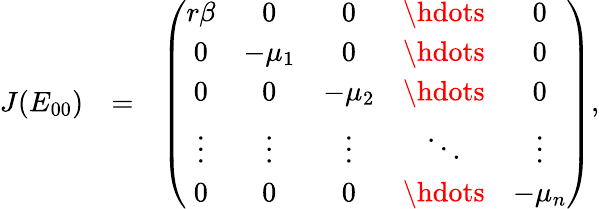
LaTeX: \begin{array}{rlr}{J(E_{00})}&{=}&{\left(\begin{array}{ccccc}{r\beta}&{0}&{0}&{\hdots}&{0}\\ {0}&{-\mu_{1}}&{0}&{\hdots}&{0}\\ {0}&{0}&{-\mu_{2}}&{\hdots}&{0}\\ {\vdots}&{\vdots}&{\vdots}&{\ddots}&{\vdots}\\ {0}&{0}&{0}&{\hdots}&{-\mu_{n}}\end{array}\right),}\end{array}